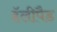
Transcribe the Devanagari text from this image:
हॅलीपैड